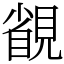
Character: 䚇